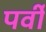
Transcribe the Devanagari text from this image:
पर्वी